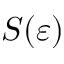
S ( \varepsilon )